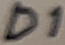
Text: D1